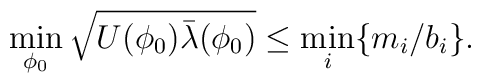
\min_{\phi_0}\sqrt{U(\phi_0) \bar{\lambda}(\phi_0)} \le \min_i \{m_i/b_i\}.